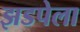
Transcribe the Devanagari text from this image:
झडपेला